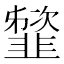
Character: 䪡